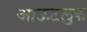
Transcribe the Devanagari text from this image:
आऊटलुक